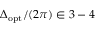
\Delta _ { \mathrm { o p t } } / ( 2 \pi ) \in 3 - 4